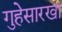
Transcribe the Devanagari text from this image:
गुहेसारखा